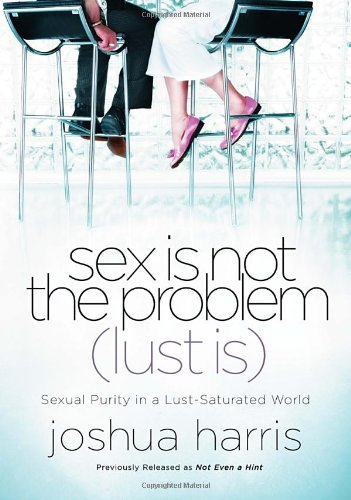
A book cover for Sex Is Not the Problem (Lust Is): Sexual Purity in a Lust-Saturated World; Joshua Harris; Christian Books & Bibles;